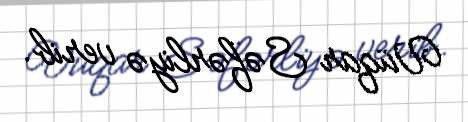
Vüqar Səfərliyə verib.